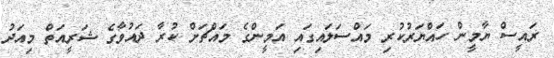
ރައީސް ޔާމީން ހައްޔަރުކުރި މައްސަލައިގައި އަމީންގެ މައްޗަށް ކުރާ ދައުވާގެ ޝަރީއަތް މިއަދު